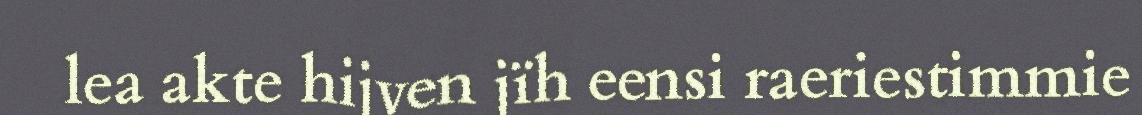
lea akte hijven jïh eensi raeriestimmie